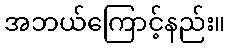
အဘယ်ကြောင့်နည်း။